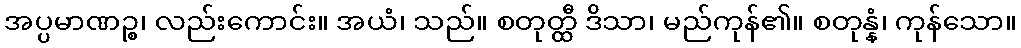
အပ္ပမာဏဉ္စ၊ လည်းကောင်း။ အယံ၊ သည်။ စတုတ္ထီ ဒိသာ၊ မည်ကုန်၏။ စတုန္နံ၊ ကုန်သော။